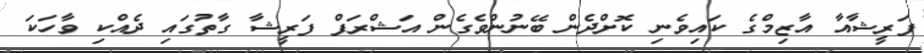
ފަރީޝާއާ އާޒިމްގެ ކައިވެނި ކޮށްދެން ބޭނުންވެގެން އަޝްރަފް ފަރީޝާ ގާތުގައި ދެއްކި ވާހަކަ